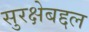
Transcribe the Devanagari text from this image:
सुरक्षेबद्दल